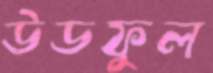
উডফুল